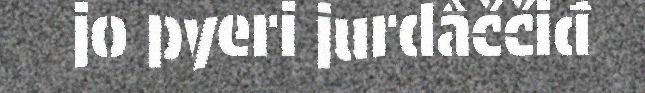
jo pyeri jurdâččiđ